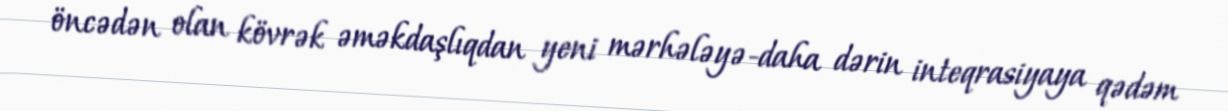
öncədən olan kövrək əməkdaşlıqdan yeni mərhələyə-daha dərin inteqrasiyaya qədəm